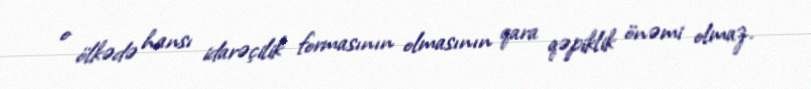
o ölkədə hansı idarəçilik formasının olmasının qara qəpiklik önəmi olmaz.